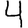
Digit: 4